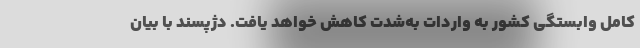
کامل وابستگی کشور به واردات به‌شدت کاهش خواهد یافت. دژپسند با بیان